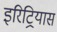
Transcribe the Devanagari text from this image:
इरिट्रियास